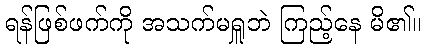
ရန်ဖြစ်ဖက်ကို အသက်မရှူဘဲ ကြည့်နေ မိ၏။